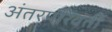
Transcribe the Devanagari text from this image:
अंतरपरिवर्ती